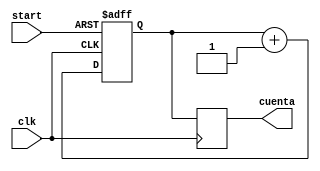
`timescale 1ns / 1ps

module contadorTDC(start, clk, cuenta);

input start;
input clk;

output reg [7:0] cuenta;

reg [7:0] q;


always @(posedge clk, negedge start)
begin
	if (start == 0)
		q <= 0;
	else
		q <= q + 1'b1;
end

always @(posedge clk)
begin
	cuenta <= q;
end

endmodule